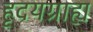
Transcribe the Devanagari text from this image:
हृदयग्राह्य